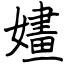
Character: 嫿